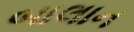
બાલાન